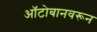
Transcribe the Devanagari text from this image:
ऑटोबानवरून